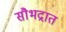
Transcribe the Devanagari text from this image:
सौभद्रात